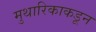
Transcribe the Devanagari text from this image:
मुथारिकाकडून